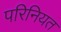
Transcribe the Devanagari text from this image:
परिनियत